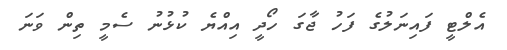
އެލްޓީ ފައިނަލުގެ ފަހު ޖާގަ ހޯދީ އިއްޔެ ކުޅުނު ސެމީ ތިން ވަނަ